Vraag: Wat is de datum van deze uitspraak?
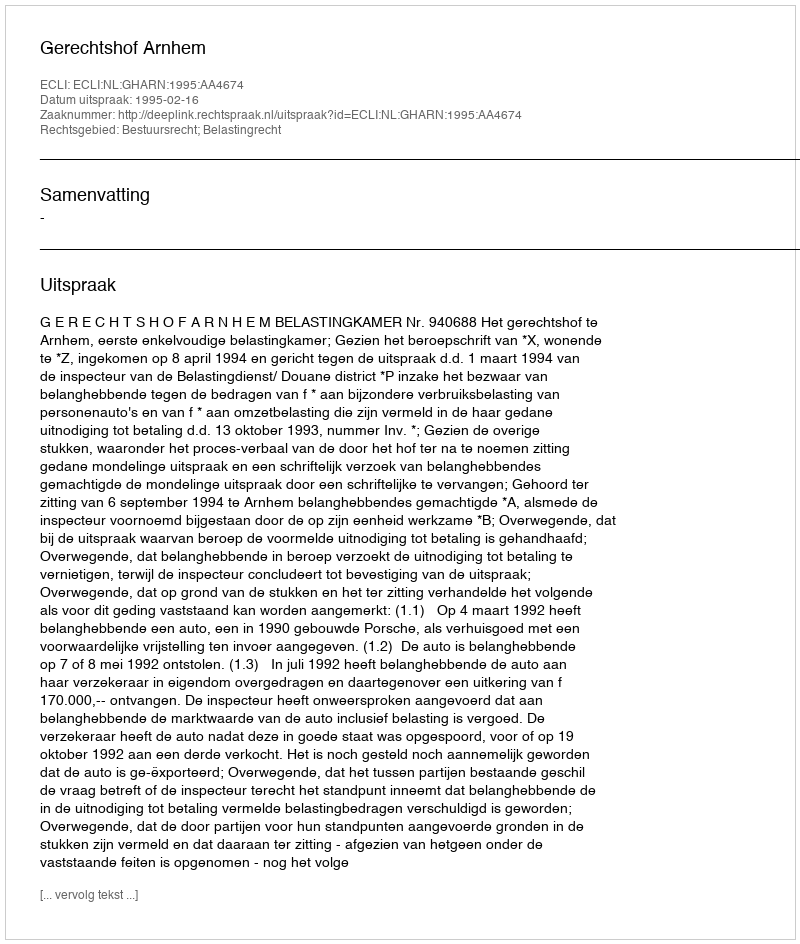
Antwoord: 1995-02-16